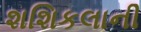
શશિકલાની